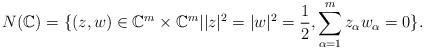
LaTeX: \begin{align*}N(\mathbb{C}) = \{(z,w)\in \mathbb{C}^m\times\mathbb{C}^m | |z|^2 = |w|^2 = \frac{1}{2}, \sum_{\alpha = 1}^mz_\alpha w_\alpha = 0 \}.\end{align*}